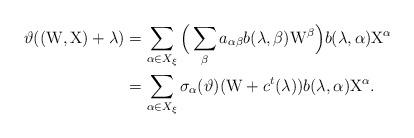
LaTeX: \begin{align*}\vartheta((\mathrm{W},\mathrm{X})+\lambda)&=\sum_{\alpha\in X_\xi}\Big(\sum_\beta a_{\alpha\beta} b(\lambda,\beta)\mathrm{W}^{\beta}\Big)b(\lambda,\alpha)\mathrm{X}^\alpha\\&=\sum_{\alpha\in X_\xi} \sigma_\alpha(\vartheta)(\mathrm{W}+c^t(\lambda))b(\lambda,\alpha)\mathrm{X}^\alpha. \end{align*}